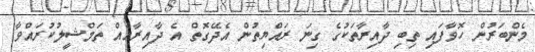
މެންބަރުން ހޮވާފައި ތިބި ދާއިރާތަކުގެ ގިނަ ރައްޔިތުން އެދޭގޮތް އެ ދާއިރާއެއް ތަމްޝީލުކުރައްވާ